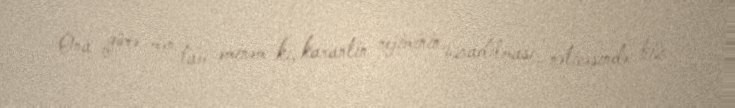
Ona görə mən tam əminəm ki, karantin rejiminin uzadılması nəticəsində biz